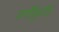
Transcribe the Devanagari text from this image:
वर्गीकृति